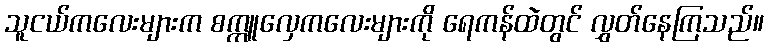
သူငယ်ကလေးများက စက္ကူလှေကလေးများကို ရေကန်ထဲတွင် လွှတ်နေကြသည်။